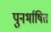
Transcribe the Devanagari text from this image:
पुनर्भाषित